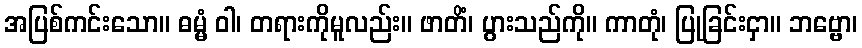
အပြစ်ကင်းသော။ ဓမ္မံ ဝါ၊ တရားကိုမူလည်း။ ဖာတိံ၊ ပွားသည်ကို။ ကာတုံ၊ ပြုခြင်းငှာ။ ဘဗ္ဗော၊